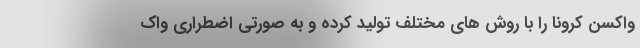
واکسن کرونا را با روش های مختلف تولید کرده و به صورتی اضطراری واک